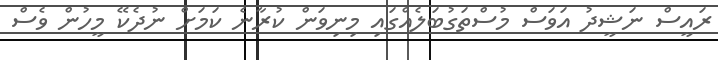
ރައީސް ނަޝީދު އަވަސް މުސްތަގުބަލެއްގައި މިނިވަން ކުރާނެ ކަމަށް ނުދެކޭ މީހުން ވެސް